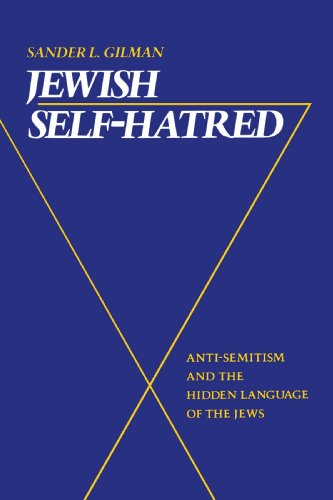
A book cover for Jewish Self-Hatred: Anti-Semitism and the Hidden Language of the Jews; Sander L. Gilman; Medical Books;